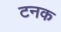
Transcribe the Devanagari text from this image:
टनक